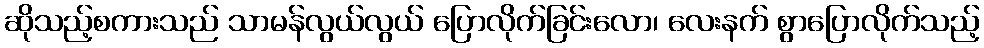
ဆိုသည့်စကားသည် သာမန်လွယ်လွယ် ပြောလိုက်ခြင်းလော၊ လေးနက် စွာပြောလိုက်သည့်